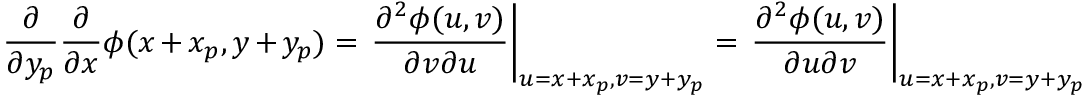
\frac { \partial } { \partial y _ { p } } \frac { \partial } { \partial x } \phi ( x + x _ { p } , y + y _ { p } ) = \left. \frac { \partial ^ { 2 } \phi ( u , v ) } { \partial v \partial u } \right| _ { u = x + x _ { p } , v = y + y _ { p } } = \left. \frac { \partial ^ { 2 } \phi ( u , v ) } { \partial u \partial v } \right| _ { u = x + x _ { p } , v = y + y _ { p } }